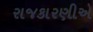
રાજકારણીએ